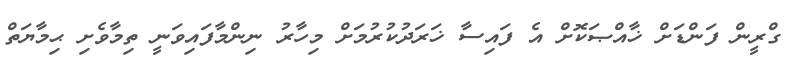
ގްރީން ފަންޑަށް ޚާއްޞަކޮށް އެ ފައިސާ ޚަރަދުކުރުމަށް މިހާރު ނިންމާފައިވަނީ ތިމާވެށި ޙިމާޔަތް